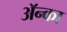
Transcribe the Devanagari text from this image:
अॅन्का